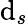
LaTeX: \mathrm{d}_{s}